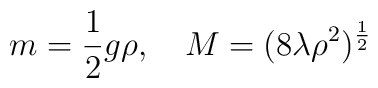
m = \frac12 g \rho, \quad M = (8 \lambda \rho^2)^{\frac12}